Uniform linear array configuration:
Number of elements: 64
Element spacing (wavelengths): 1
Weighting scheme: hamming
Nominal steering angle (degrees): -60
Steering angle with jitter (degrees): -61.396
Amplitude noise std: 0.05
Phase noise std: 0.05

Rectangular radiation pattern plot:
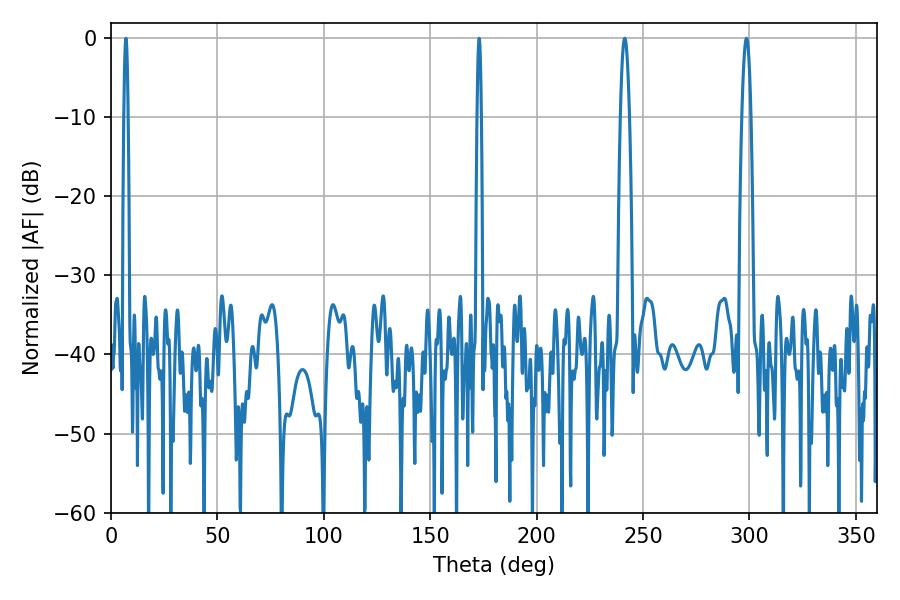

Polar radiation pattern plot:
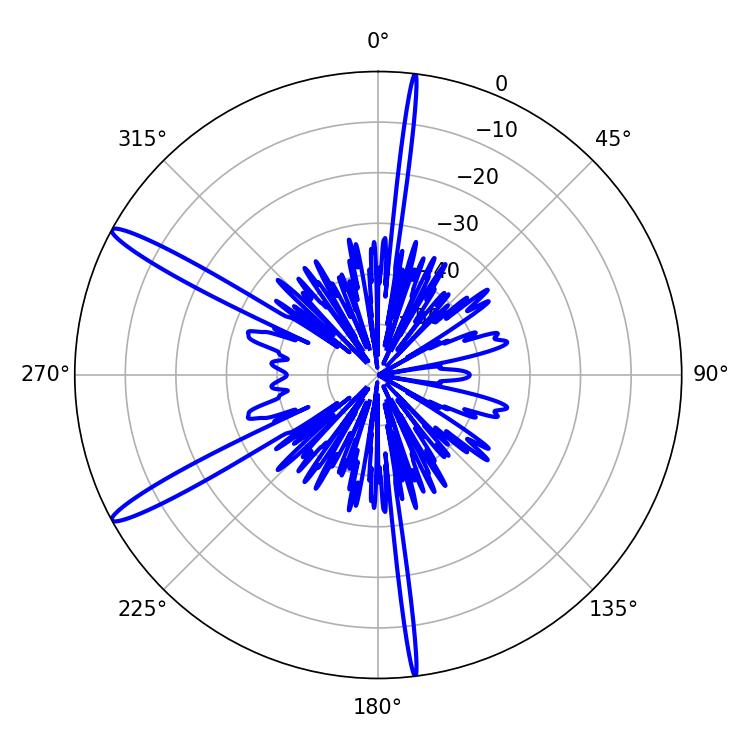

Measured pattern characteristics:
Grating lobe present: TRUE
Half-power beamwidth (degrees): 2.34
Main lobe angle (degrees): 298.62